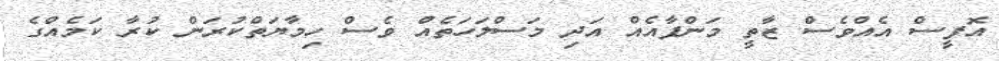
އޮފީސް އެއްވެސް ޒާތީ މަންފާއެއް އަދި މަސްލަހަތެއް ވެސް ހިމާޔަތްކުރަން ކުރާ ކަމެއްގެ